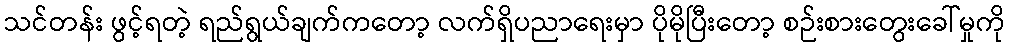
သင်တန်း ဖွင့်ရတဲ့ ရည်ရွယ်ချက်ကတော့ လက်ရှိပညာရေးမှာ ပိုမိုပြီးတော့ စဉ်းစားတွေးခေါ်မှုကို